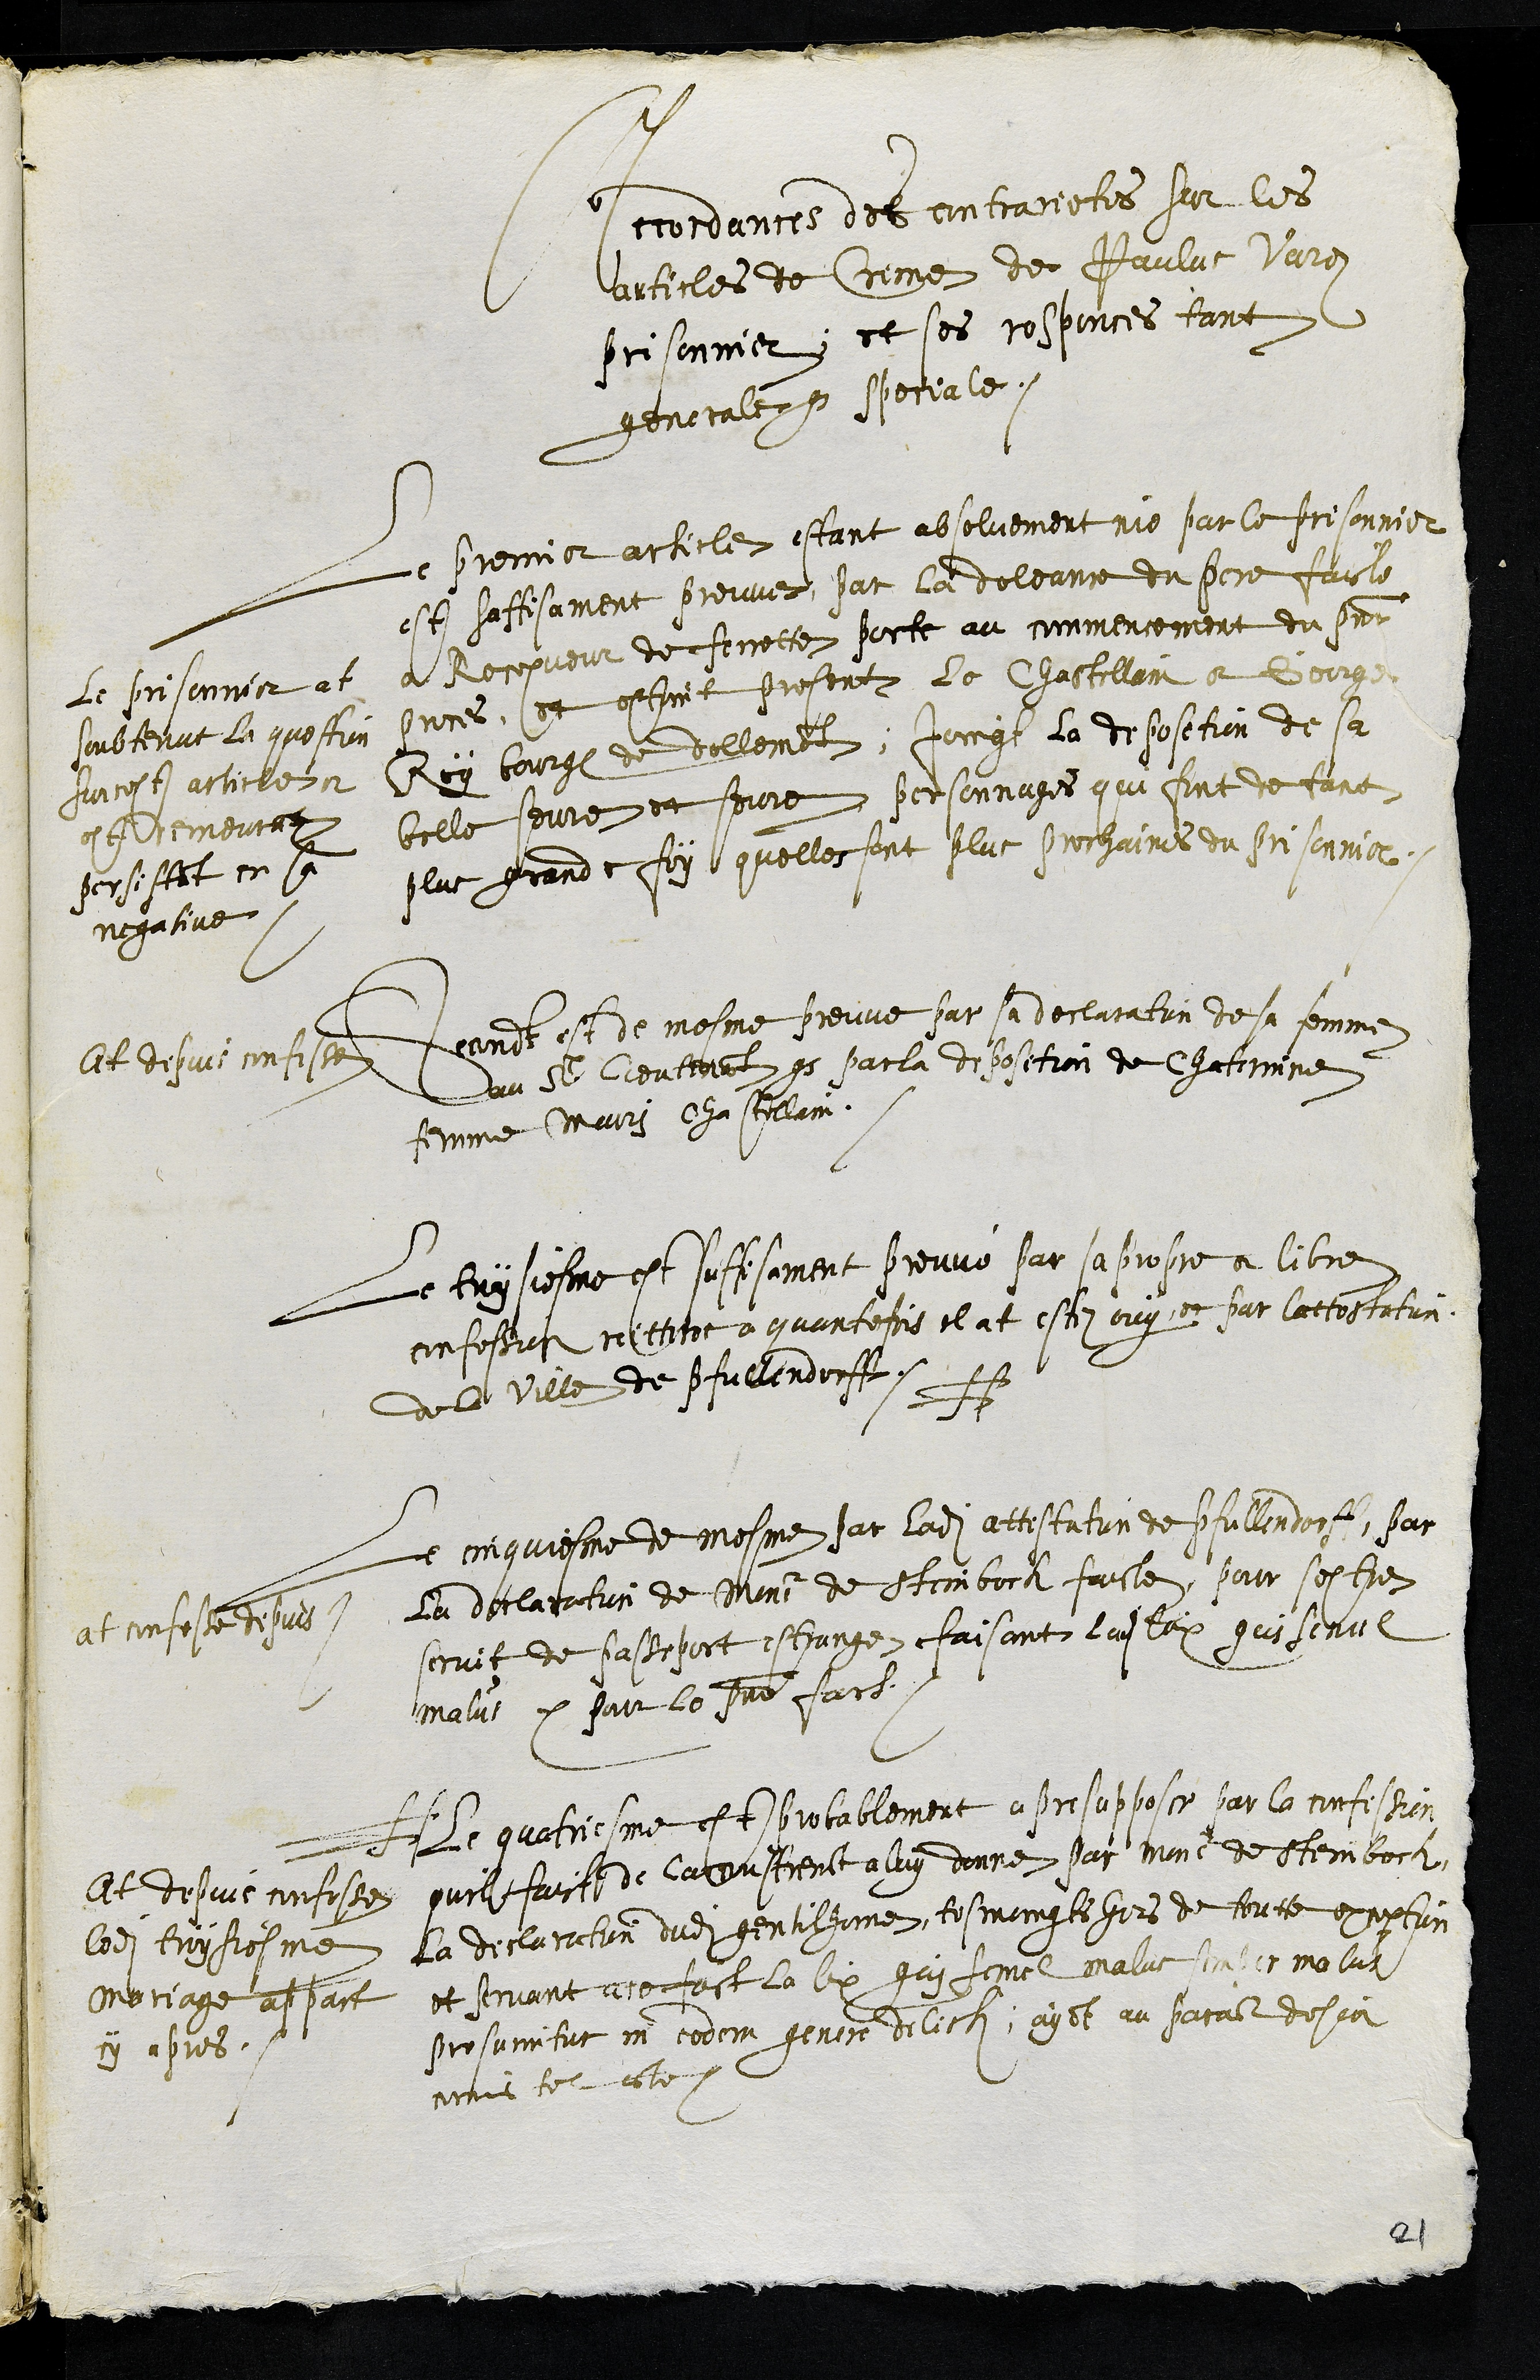
Accordances des contrarietes sur les
articles de Crime de Paulus Varez
prisonnier, et ses responces tant
generale que speciale
Le premier article estant absoluement nie par le prisonnier
est suffisament prouve par la doleance du pere faicte
a Recepveur de ferrette porte au commencement du present
proces, et estoint present le Chastellain et George
Roy bourgeois de dellemont, joingt la deposition de sa
belle seure et seure personnages qui font de tant
plus grande foy quelles sont plus prochaines du prisonnier
le prisonnier at
soubtenut la question
sur cest article, et
est demeurez
persistant en sa
negative
Second est de mesme preuve par sa declaration de sa femme
au Sr lieutenant que par la deposition de Chaterinne
femme Mauri Chastellain.
At depuis confesse
Le troysiesme est suffisament prouvé par sa propre et libre
confession reitteree et quantefois il at estez ouy et par lattestation
de la ville de Pfullendorff
Le cinquiesme de mesme par ladite attestation de Pfullendorff, par
la declaration de Monsieur de Steinbock faicte, pour sestre
servit de passeport estrange faisant ladite loix qui si nul
malus etc pour le present faict
at confesse depuis
Le quatriesme est probablement a presupposer par la confession
quil faict de lacoustrement a luy donne par Monsieur de Steinbock
la declaration dudit gentilhome, tesmoingts hors de toutte exception
et servant a ce faict la loix qui semel malus semper malus
presumitur in eodem genere delicti, ayant au parat desja
comis tel acte
At depuis confessez
ledit troysiesme
mariage appart
cy apres.
21